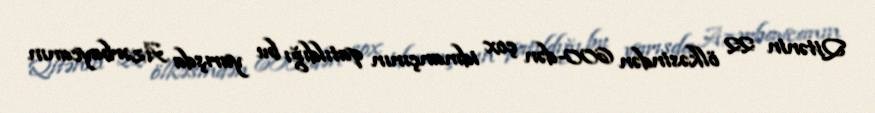
Qitənin 22 ölkəsindən 600-dən çox idmançının qatıldığı bu yarışda Azərbaycanın